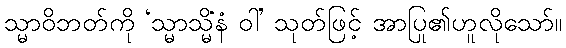
သ္မာဝိဘတ်ကို ‘သ္မာသ္မိံနံ ဝါ’ သုတ်ဖြင့် အာပြု၏ဟူလိုသော်။